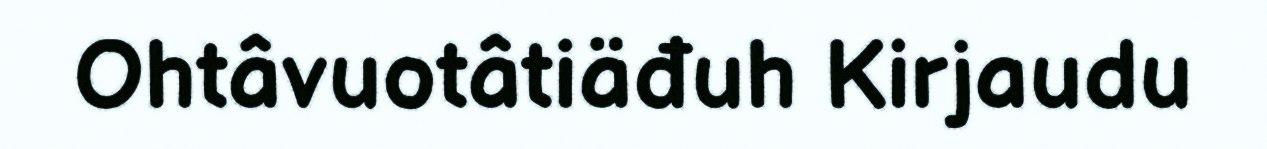
Ohtâvuotâtiäđuh Kirjaudu